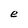
Character: e